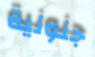
جنونية